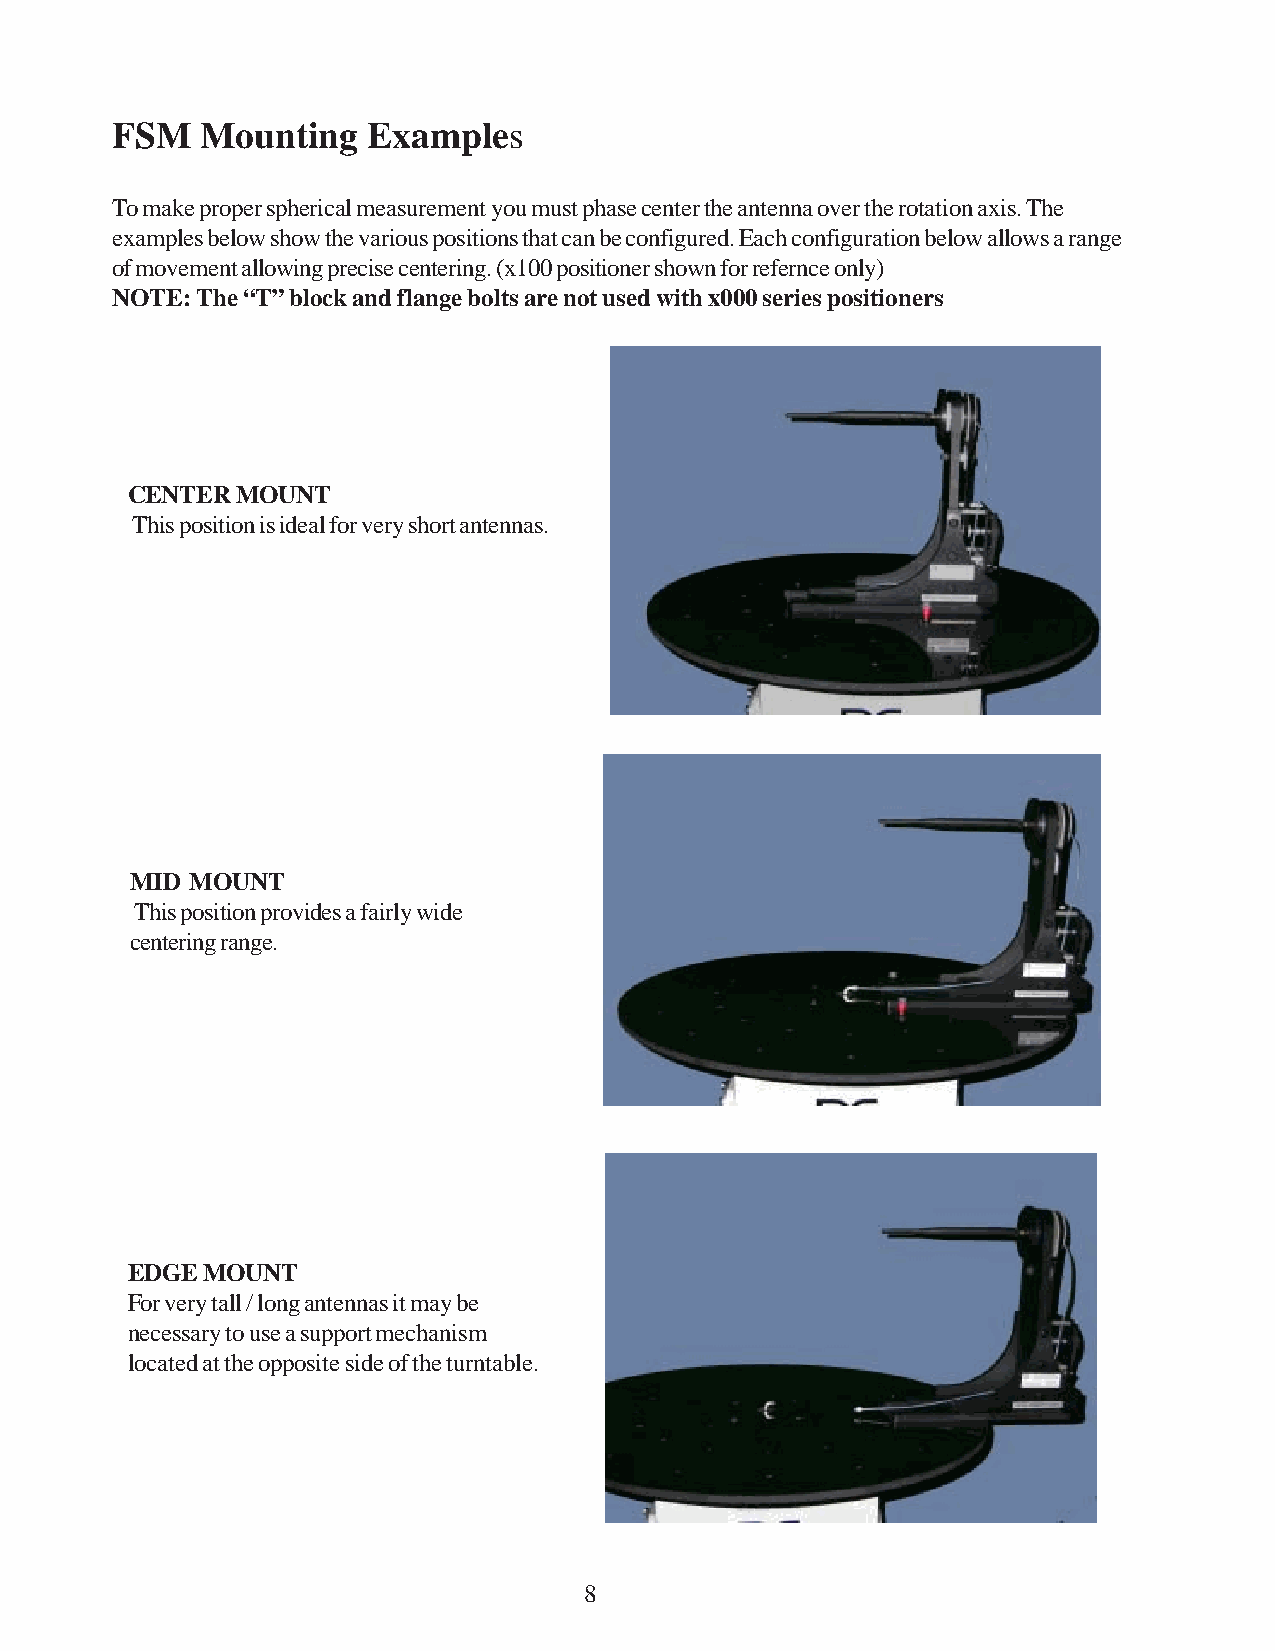
FSM   Mounting   Examples
 To make proper spherical measurement you must phase center the antenna over the rotation axis. The
 examples below show the various positions that can be configured. Each configuration below allows a range
 of movement allowing precise centering. (x100 positioner shown for refernce only)
 NOTE: The “T” block and flange bolts are not used with x000 series positioners
 CENTER  MOUNT
 This position is ideal for very short antennas.
 MID MOUNT
 This position provides a fairly wide
 centering range.
 EDGE MOUNT
 For very tall / long antennas it may be
 necessary to use a support mechanism
 located at the opposite side of the turntable.
 8